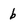
Character: b